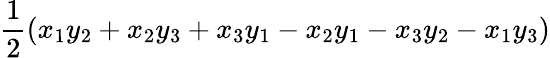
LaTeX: {\frac{1}{2}}(x_{1}y_{2}+x_{2}y_{3}+x_{3}y_{1}-x_{2}y_{1}-x_{3}y_{2}-x_{1}y_{3})